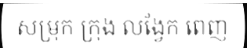
សម្រុក ក្រុង លង្វែក ពេញ